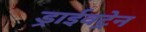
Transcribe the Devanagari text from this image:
ड्राईवट्रेन